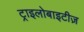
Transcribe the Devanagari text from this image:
ट्राइलोबाइटीज़